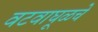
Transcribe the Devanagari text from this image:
वटवाघूळचे